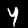
Label: 4